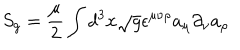
S _ { g } = { \frac { \mu } { 2 } } \int d ^ { 3 } x \sqrt g \epsilon ^ { \mu \nu \rho } a _ { \mu } \partial _ { \nu } a _ { \rho }